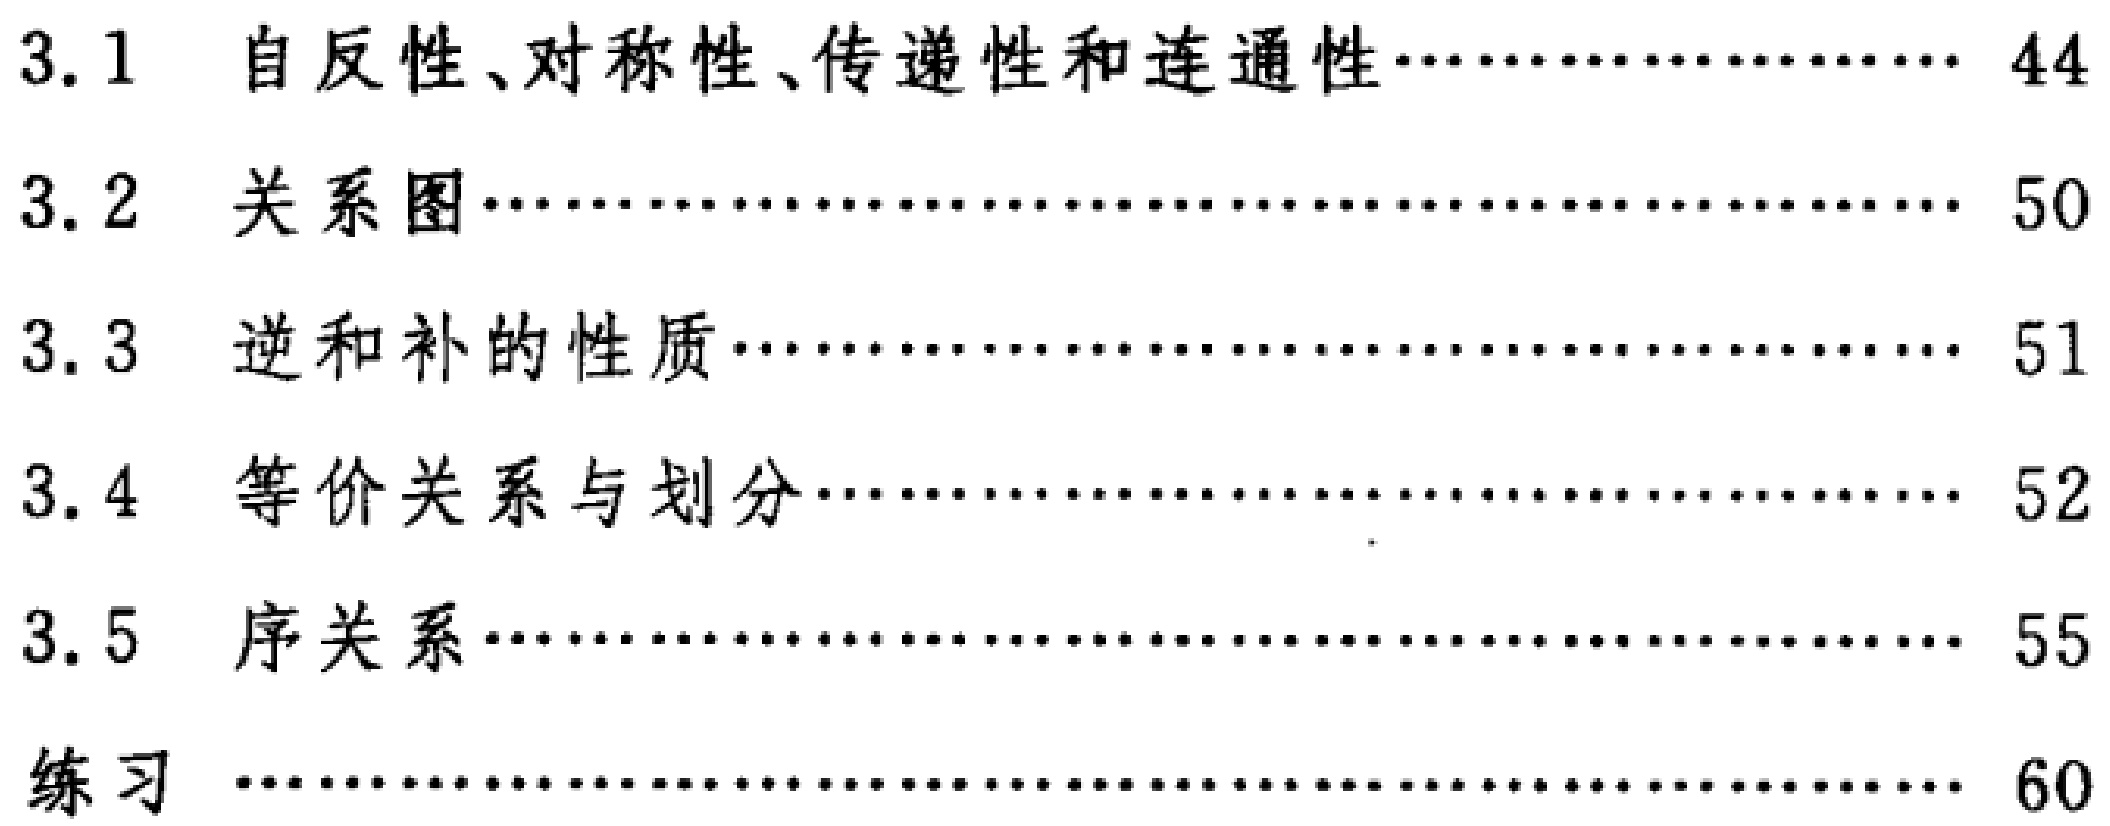
\begin{enumerate}

\item 3.1 自反性、对称性、传递性和连通性\hfill44

\item 3.2 关系图\hfill50

\item 3.3 逆和补的性质\hfill51

\item 3.4 等价关系与划分\hfill52

\item 3.5 序关系\hfill55

\item 练习\hfill60

\end{enumerate}